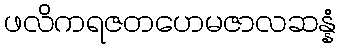
ဖလိကရဇတဟေမဇာလဆန္နံ